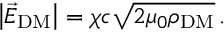
\left| \vec { E } _ { \mathrm { D M } } \right| = \chi c \sqrt { 2 \mu _ { 0 } \rho _ { \mathrm { D M } } } \, .